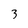
Character: 3